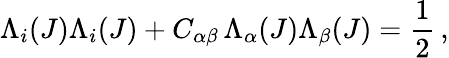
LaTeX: \Lambda_{i}(J)\Lambda_{i}(J)+C_{\alpha\beta}\, \Lambda_{\alpha}(J)\Lambda_{\beta}(J)=\frac{1}{2}\, ,